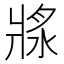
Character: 𤖅